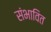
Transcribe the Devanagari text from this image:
संभावित